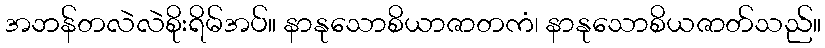
အဘန်တလဲလဲစိုးရိမ်အပ်။ နာနုသောစိယာဇာတကံ၊ နာနုသောစိယဇာတ်သည်။